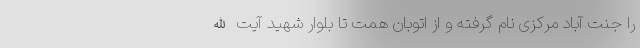
را جنت آباد مرکزی نام گرفته و از اتوبان همت تا بلوار شهید آیت الله